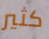
كثير